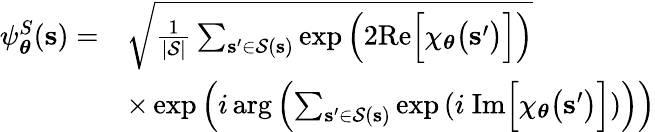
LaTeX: \begin{array}{rl}{\psi_{\boldsymbol\theta}^{S}(\mathbf{s})=}&{\sqrt{\frac{1}{|\mathcal{S}|}\sum_{\mathbf{s^{\prime}}\in\mathcal{S}(\mathbf{s})}\exp\Big(2\mathrm{Re}\Big[\chi_{\boldsymbol\theta}\big(\mathbf{s^{\prime}}\big)\Big]\Big)}}\\ &{\times\exp\left(i\arg\left(\sum_{\mathbf{s^{\prime}}\in\mathcal{S}(\mathbf{s})}\exp\left(i\ \mathrm{Im}\Big[\chi_{\boldsymbol\theta}\big(\mathbf{s^{\prime}}\big)\Big]\right)\right)\right)}\end{array}